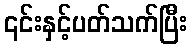
၎င်းနှင့်ပတ်သက်ပြီး